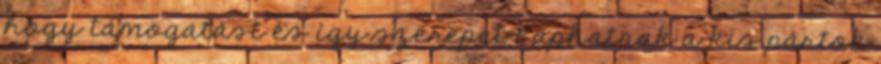
hogy támogatást és így szerepet kaphatnak a kis pártok